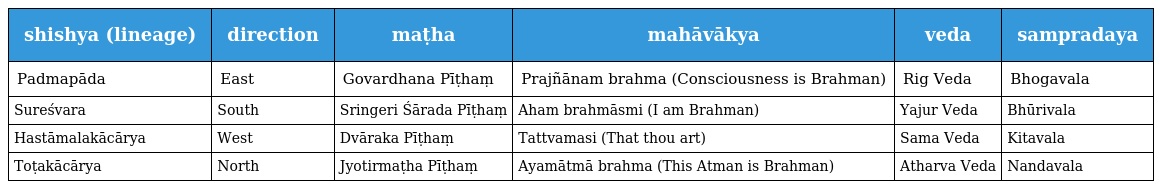
| shishya (lineage) | direction | maṭha | mahāvākya | veda | sampradaya |
 | --- | --- | --- | --- | --- | --- |
 | Padmapāda | East | Govardhana Pīṭhaṃ | Prajñānam brahma (Consciousness is Brahman) | Rig Veda | Bhogavala |
 | Sureśvara | South | Sringeri Śārada Pīṭhaṃ | Aham brahmāsmi (I am Brahman) | Yajur Veda | Bhūrivala |
 | Hastāmalakācārya | West | Dvāraka Pīṭhaṃ | Tattvamasi (That thou art) | Sama Veda | Kitavala |
 | Toṭakācārya | North | Jyotirmaṭha Pīṭhaṃ | Ayamātmā brahma (This Atman is Brahman) | Atharva Veda | Nandavala |